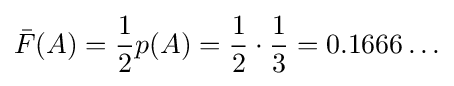
{\bar {F}}(A)={\frac {1}{2}}p(A)={\frac {1}{2}}\cdot {\frac {1}{3}}=0.1666\ldots